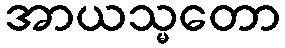
အာယသ္မတော